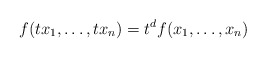
\begin{align*}f(tx_{1},\ldots,tx_{n}) = t^{d}f(x_{1},\ldots,x_{n})\end{align*}